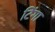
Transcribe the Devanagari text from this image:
टिंगा